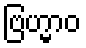
ဗြဟ္မာဝ